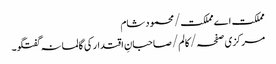
مملکت اے مملکت/محمود شام
مرکزی صفحہ/ کالم/صاحبانِ اقتدار کی گالمانہ گفتگو۔